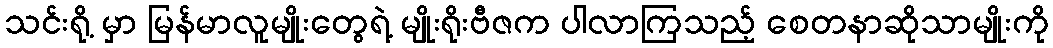
သင်းရို့ မှာ မြန်မာလူမျိုးတွေရဲ့ မျိုးရိုးဗီဇက ပါလာကြသည့် စေတနာဆိုသာမျိုးကို